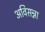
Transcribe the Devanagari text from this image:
अविसन्ना